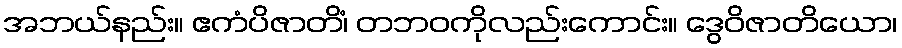
အဘယ်နည်း။ ဧကံပိဇာတိံ၊ တဘဝကိုလည်းကောင်း။ ဒွေဝိဇာတိယော၊